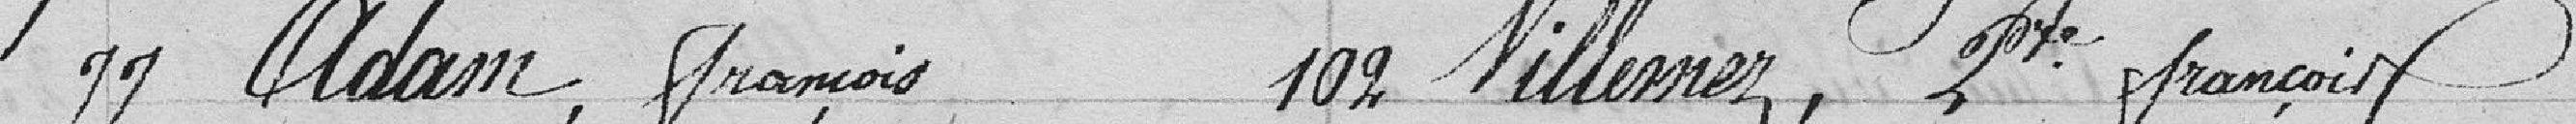
77 Adam, François 102 Villemez, Pierre François